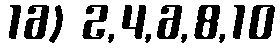
16) 2,4,6,8,10